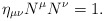
\begin{align*} \eta_{\mu\nu}N^\mu N^\nu=1.\end{align*}